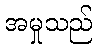
အမှုသည်